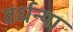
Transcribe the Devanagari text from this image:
वर्धन्या